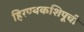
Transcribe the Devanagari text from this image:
हिरण्यकशिपूची